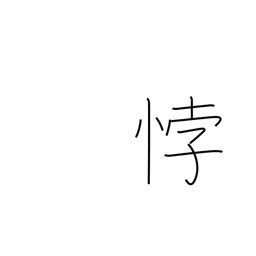
Meaning: be contrary